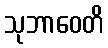
သုဘာဝေတိ